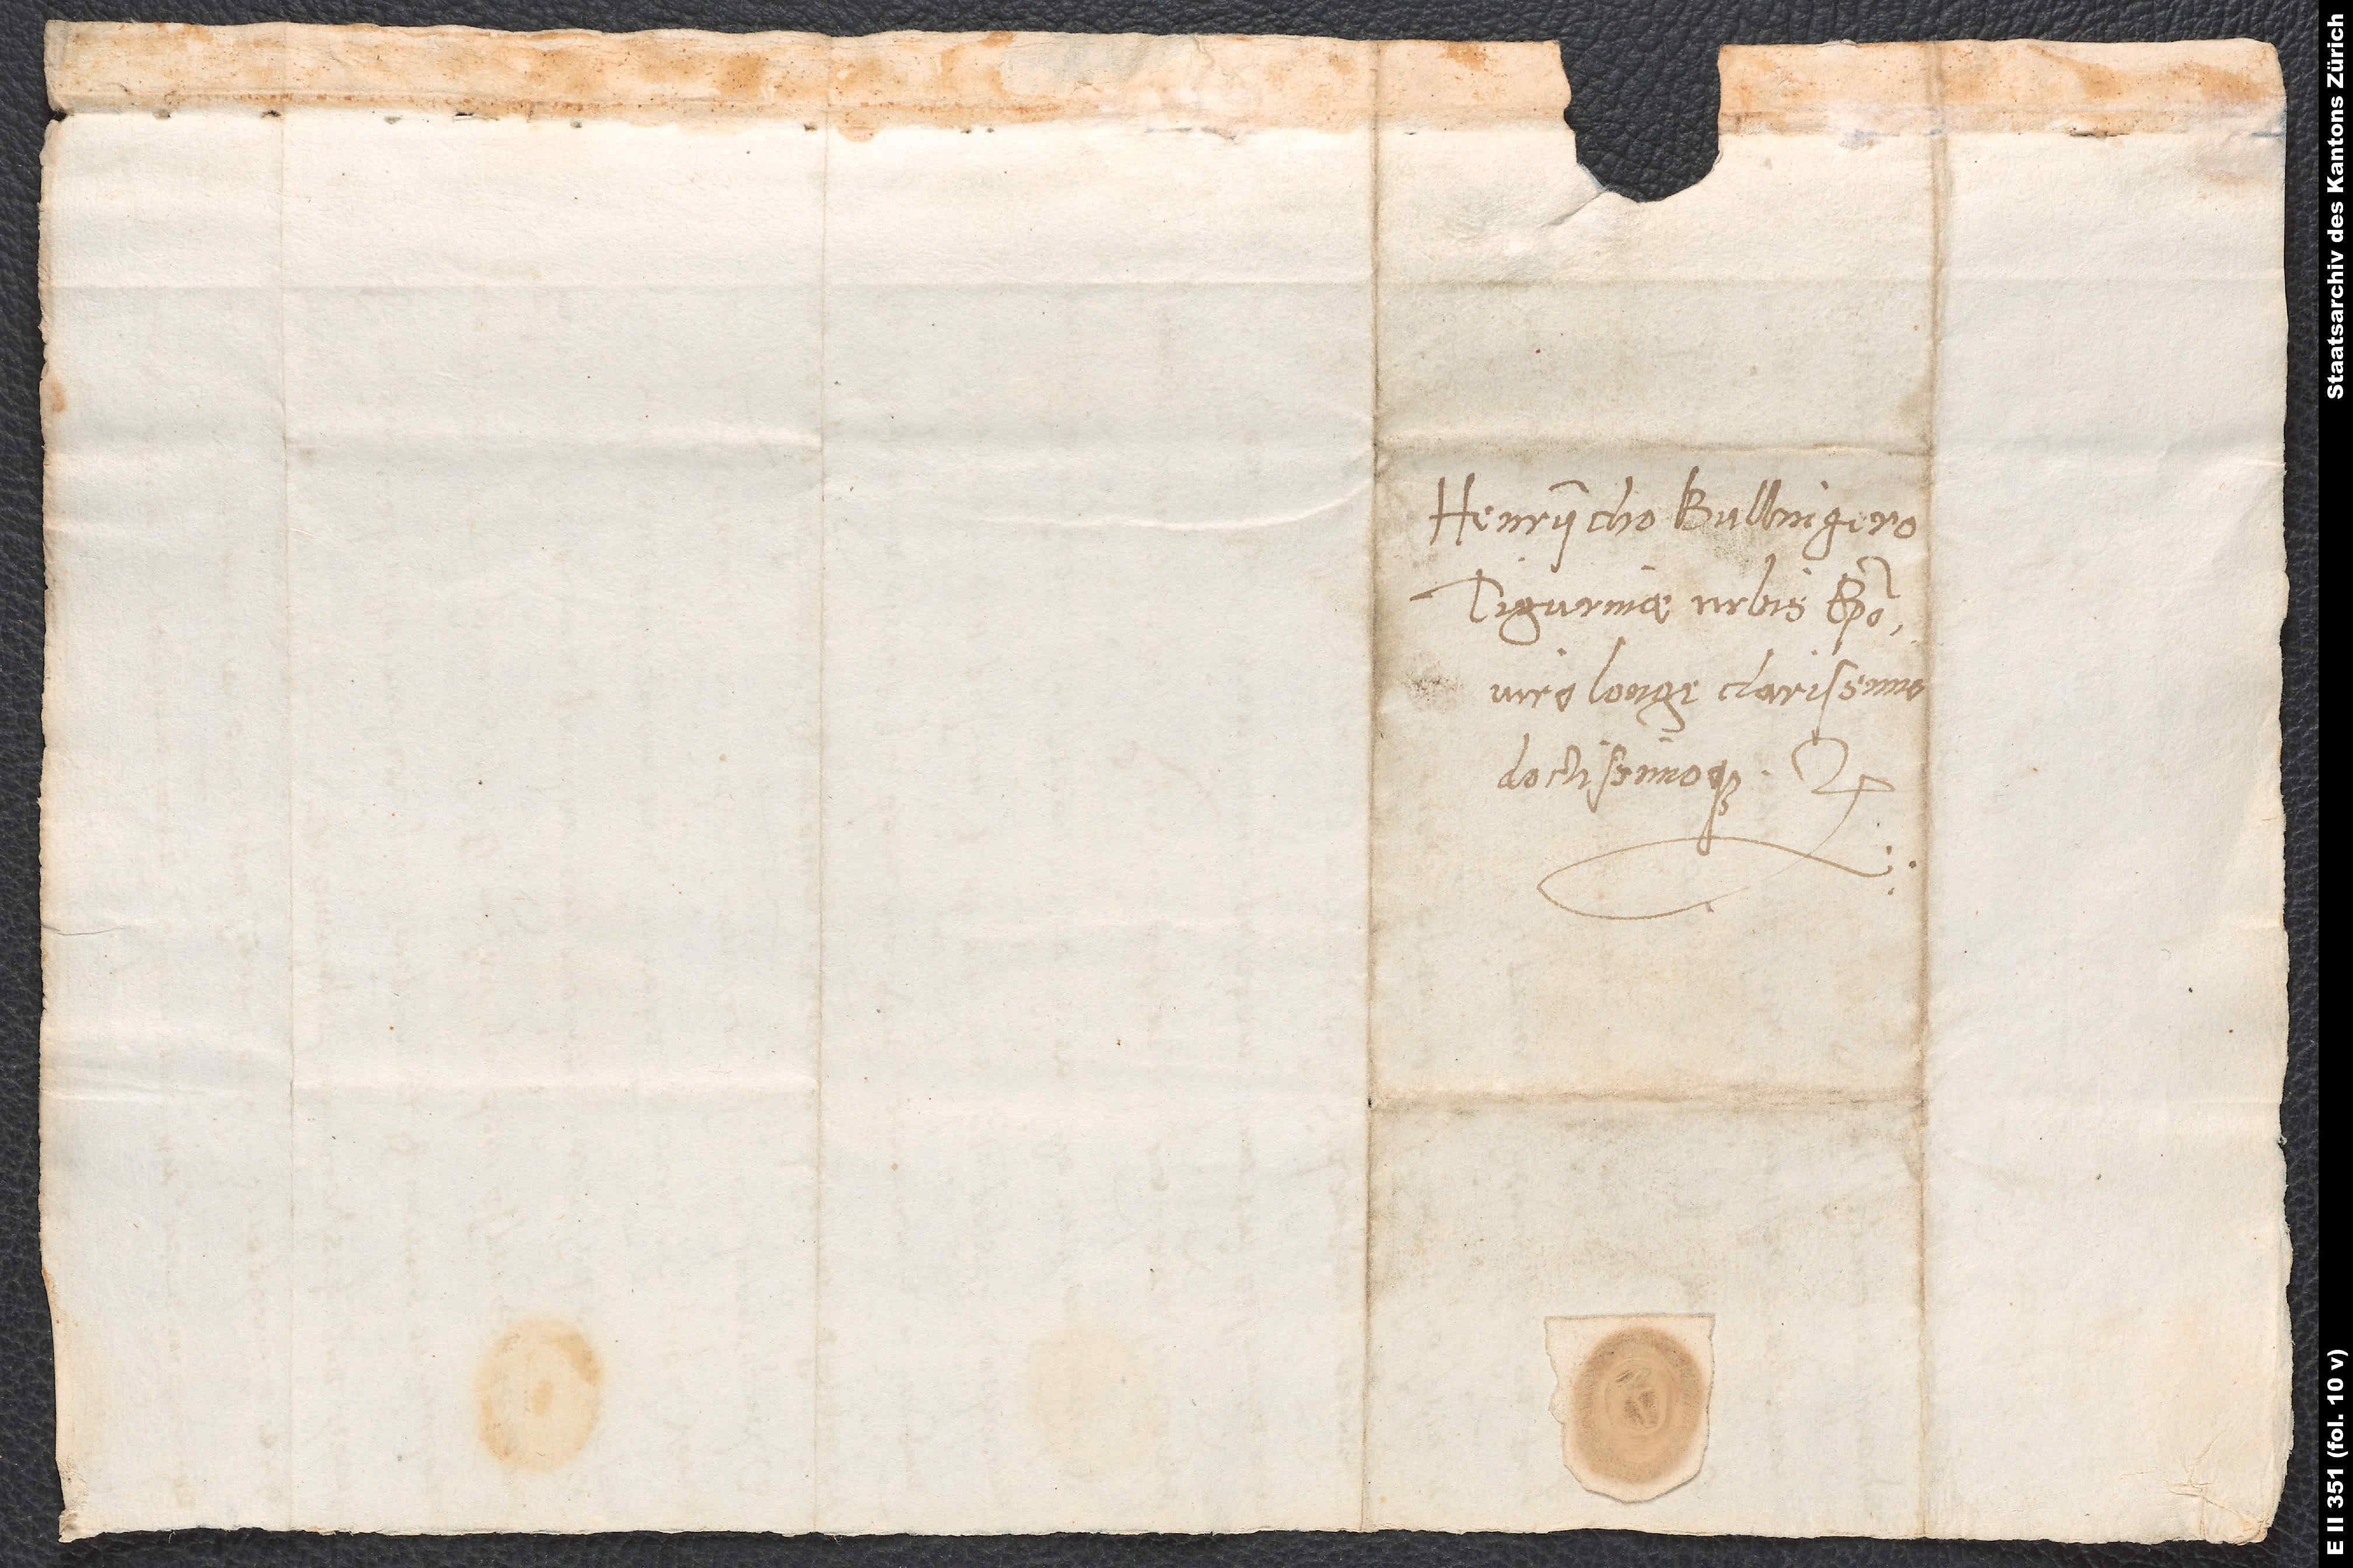
Henrycho Bullingero,
Tigurinae urbis episcopo,
viro longe clarissimo
doctissimoque.